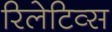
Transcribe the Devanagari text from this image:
रिलेटिव्स